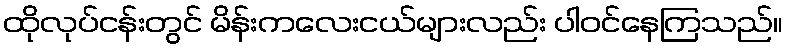
ထိုလုပ်ငန်းတွင် မိန်းကလေးငယ်များလည်း ပါဝင်နေကြသည်။